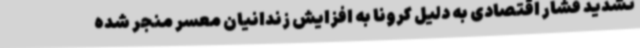
تشدید فشار اقتصادی به دلیل کرونا به افزایش زندانیان معسر منجر شده